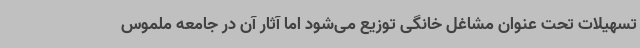
تسهیلات تحت عنوان مشاغل خانگی توزیع می‌شود اما آثار آن در جامعه ملموس